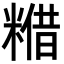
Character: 𮇴